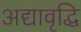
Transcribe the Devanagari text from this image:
अद्यावृद्धि